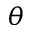
\theta